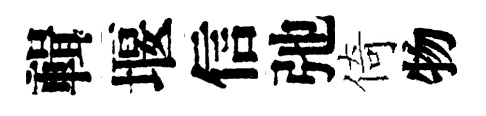
輯堰信弛倚物